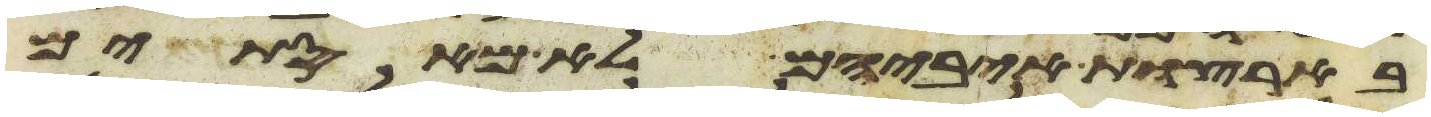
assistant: בארצות איביהם לא מאסתים